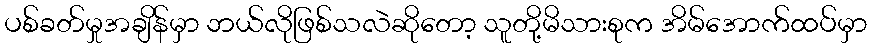
ပစ်ခတ်မှုအချိန်မှာ ဘယ်လိုဖြစ်သလဲဆိုတော့ သူတို့မိသားစုက အိမ်အောက်ထပ်မှာ